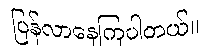
ပြန်လာနေကြပါတယ်။